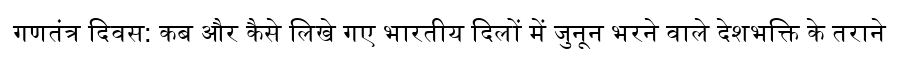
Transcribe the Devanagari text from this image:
गणतंत्र दिवस: कब और कैसे लिखे गए भारतीय दिलों में जुनून भरने वाले देशभक्ति के तराने